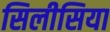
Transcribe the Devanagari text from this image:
सिलीसिया